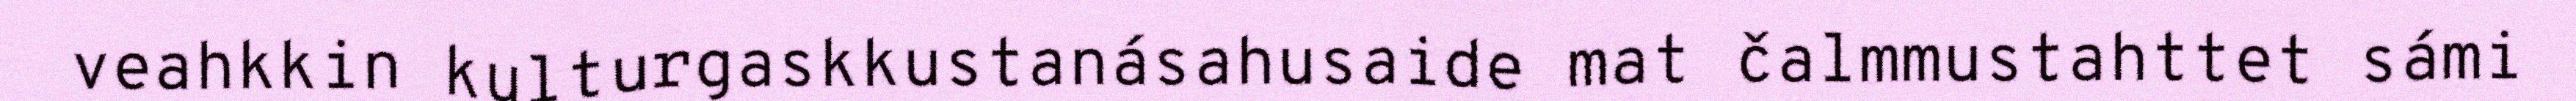
veahkkin kulturgaskkustanásahusaide mat čalmmustahttet sámi